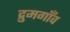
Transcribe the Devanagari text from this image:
द्रुमगाँव